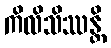
ကိလိသိဿန္တိ